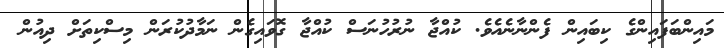
މައިންބަފައިންގެ ކިބައިން ފެންނާނެއެވެ. ކުއްޖާ ނުރުހުނަސް ކުއްޖާ ގޮވައިގެން ނަމާދުކުރަން މިސްކިތަށް ދިއުން